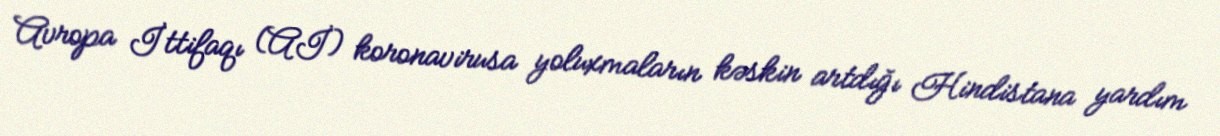
Avropa İttifaqı (Aİ) koronavirusa yoluxmaların kəskin artdığı Hindistana yardım